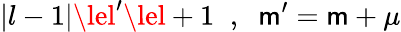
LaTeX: |l-1|\lel^{\prime}\lel+1\; \; ,\; \; \mathsf{m}^{\prime}=\mathsf{m}+\mu